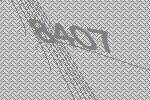
8407